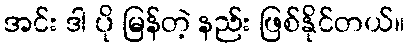
အင်း ဒါ ပို မြန်တဲ့ နည်း ဖြစ်နိုင်တယ်။